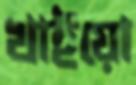
খাইয়ো